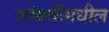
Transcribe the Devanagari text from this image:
कांबळेंमधील